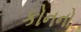
કોનનો